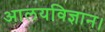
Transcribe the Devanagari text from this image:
आलयविज्ञान।